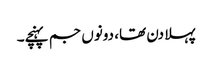
پہلا دن تھا، دونوں جم پہنچے۔